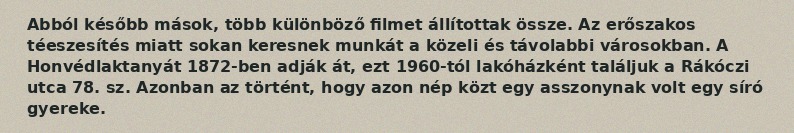
Abból később mások, több különböző filmet állítottak össze. Az erőszakos téeszesítés miatt sokan keresnek munkát a közeli és távolabbi városokban. A Honvédlaktanyát 1872-ben adják át, ezt 1960-tól lakóházként találjuk a Rákóczi utca 78. sz. Azonban az történt, hogy azon nép közt egy asszonynak volt egy síró gyereke.